Report on vaccination in the Province of Bengal - 1874-1889
Year: 1874
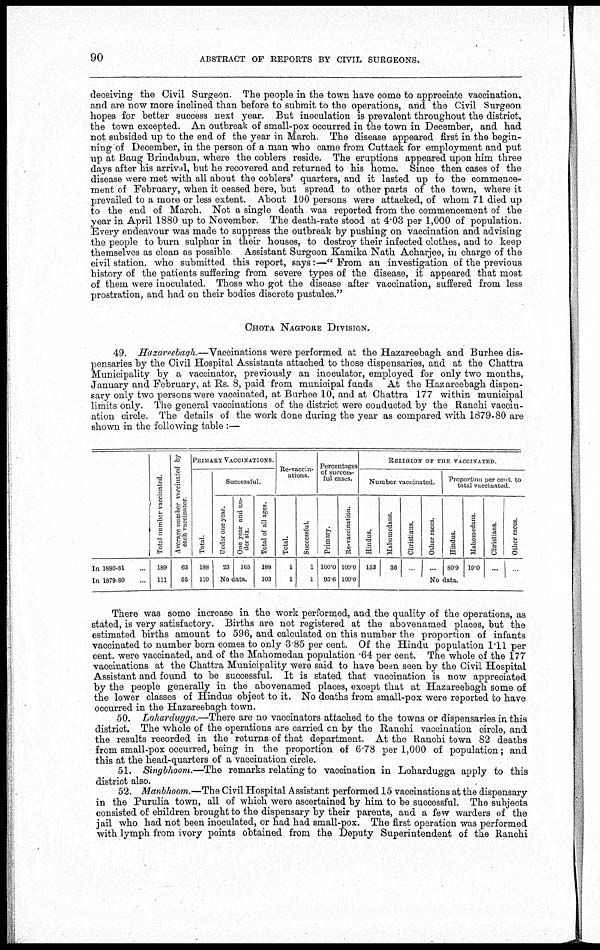
90
ABSTRACT OF REPORTS BY CIVIL SURGEONS.
deceiving the Civil Surgeon. The people in the town have come to appreciate vaccination,
and are now more inclined than before to submit to the operations, and the Civil Surgeon
hopes for better success next year. But inoculation is prevalent throughout the district,
the town excepted. An outbreak of small-pox occurred in the town in December, and had
not subsided up to the end of the year in March. The disease appeared first in the begin-
ning of December, in the person of a man who came from Cuttack for employment and put
up at Baug Brindabun, where the coblers reside. The eruptions appeared upon him three
days after his arrival, but he recovered and returned to his home. Since then cases of the
disease were met with all about the coblers' quarters, and it lasted up to the commence-
ment of February, when it ceased here, but spread to other parts of the town, where it
prevailed to a more or less extent. About 100 persons were attacked, of whom 71 died up
to the end of March. Not a single death was reported from the commencement of the
year in April 1880 up to November. The death-rate stood at 4.03 per 1,000 of population.
Every endeavour was made to suppress the outbreak by pushing on vaccination and advising
the people to burn sulphur in their houses, to destroy their infected clothes, and to keep
themselves as clean as possible. Assistant Surgeon Kamika Nath Acharjee, in charge of the
civil station, who submitted this report, says:—" From an investigation of the previous
history of the patients suffering from severe types of the disease, it appeared that most
of them were inoculated. Those who got the disease after vaccination, suffered from less
prostration, and had on their bodies discrete pustules."
CHOTA NAGPORE DIVISION.
49. Hazareebagh.—Vaccinations were performed at the Hazareebagh and Burhee dis-
pensaries by the Civil Hospital Assistants attached to those dispensaries, and at the Chattra
Municipality by a vaccinator, previously an inoculator, employed for only two months,
January and February, at Rs. 8, paid from municipal funds
At the Hazareebagh dispen-
sary only two persons were vaccinated, at Burhee 10, and at Chattra 177 within municipal
limits only. The general vaccinations of the district were conducted by the Ranchi vaccin-
ation circle. The details of the work done during the year as compared with 1879-80 are
shown in the following table :—
In 1880-81 ...
In 1879-80 ...
Total number vaccinated.
189
111
Average number vaccinated by
each vaccinator.
63
65
PRIMARY VACCINATIONS.
3
188
110
Successful.
Under one year.
23
One year and un-
der six.
165
No. data.
Total of all ages.
188
103
Re- vaccin-
ations.
Total.
1
1
Successful.
1
1
Percentnges
of success-
ful cases.
Primary.
100.0
93.6
Re-vaccination.
100.0
100.0
RELIGION OF THE VACCINATED.
Number vaccinated.
Hindus.
153
Mahomedans.
36
Christians.
...
Other races.
...
Proportion per cent. to
total vaccinated.
Hindus.
80.9
Mahomedans.
19.0
Christians.
...
Other races.
...
No data.
There was some increase in the work performed, and the quality of the operations, as
stated, is very satisfactory. Births are not registered at the abovenamed places, but the
estimated births amount to 596, and calculated on this number the proportion of infants
vaccinated to number born comes to only 3.85 per cent. Of the Hindu population 1.11 per
cent. were vaccinated, and of the Mahomedan population .64 per cent. The whole of the 177
vaccinations at the Chattra Municipality were said to have been seen by the Civil Hospital
Assistant and found to be successful. It is stated that vaccination is now appreciated
by the people generally in the abovenamed places, except that at Hazareebagh some of
the lower classes of Hindus object to it. No deaths from small-pox were reported to have
occurred in the Hazareebagh town.
50. Lohardugga.—There are no vaccinators attached to the towns or dispensaries in this
district. The whole of the operations are carried on by the Ranchi vaccination circle, and
the results recorded in the returns of that department. At the Ranchi town 82 deaths
from small-pox occurred, being in the proportion of 6.78 per 1,000 of population; and
this at the head-quarters of a vaccination circle.
51. Singbhoom.—The remarks relating to vaccination in Lohardugga apply to this
district also.
52. Manbhoom.—The Civil Hospital Assistant performed 15 vaccinations at the dispensary
in the Purulia town, all of which were ascertained by him to be successful. The subjects
consisted of children brought to the dispensary by their parents, and a few warders of the
jail who had not been inoculated, or had had small-pox. The first operation was performed
with lymph from ivory points obtained from the Deputy Superintendent of the Ranchi